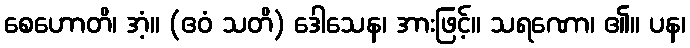
စေဟောတိ၊ အံ့။ (ဧဝံ သတိ) ဒေါသေန၊ အားဖြင့်။ သရဏော၊ ၏။ ပန၊